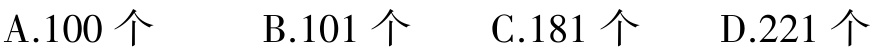
A.100 个  B.101 个  C.181 个  D.221 个